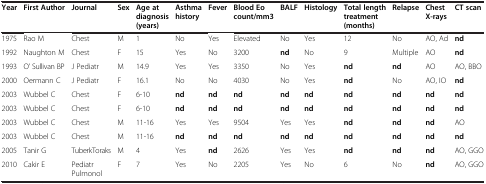
| Year | First Author | Journal | Sex | Age at diagnosis (years) | Asthma history | Fever | Blood Eo count/mm3 | BALF | Histology | Total length treatment (months) | Relapse | Chest X-rays | CT scan |
 | --- | --- | --- | --- | --- | --- | --- | --- | --- | --- | --- | --- | --- | --- |
 | 1975 | Rao M | Chest | M | 1 | No | Yes | Elevated | No | Yes | 12 | No | AO, Ad | nd |
 | 1992 | Naughton M | Chest | F | 15 | Yes | No | 3200 | nd | No | 9 | Multiple | AO | nd |
 | 1993 | O’ Sullivan BP | J Pediatr | M | 14.9 | Yes | Yes | 3350 | No | Yes | nd | nd | AO | AO, BBO |
 | 2000 | Oermann C | J Pediatr | F | 16.1 | No | No | 4030 | No | Yes | nd | No | AO, IO | nd |
 | 2003 | Wubbel C | Chest | F | 6-10 | nd | nd | nd | nd | nd | nd | nd | nd | nd |
 | 2003 | Wubbel C | Chest | F | 6-10 | nd | nd | nd | nd | nd | nd | nd | nd | nd |
 | 2003 | Wubbel C | Chest | M | 11-16 | Yes | Yes | 9504 | Yes | Yes | nd | nd | nd | AO |
 | 2003 | Wubbel C | Chest | M | 11-16 | nd | nd | nd | nd | nd | nd | nd | nd | nd |
 | 2005 | Tanir G | TuberkToraks | M | 4 | Yes | nd | 2626 | Yes | Yes | nd | nd | nd | AO, GGO |
 | 2010 | Cakir E | Pediatr Pulmonol | F | 7 | Yes | No | 2205 | Yes | No | 6 | No | nd | AO, GGO |